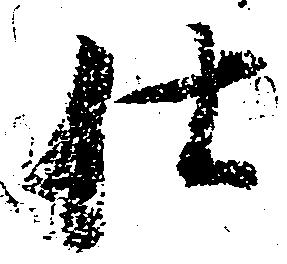
仕